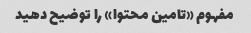
مفهوم «تامین محتوا» را توضیح دهید